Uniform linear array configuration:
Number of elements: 8
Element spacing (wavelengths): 0.25
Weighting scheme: cosine
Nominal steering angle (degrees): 15
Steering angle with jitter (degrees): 15.495
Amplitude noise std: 0.05
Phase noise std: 0.05

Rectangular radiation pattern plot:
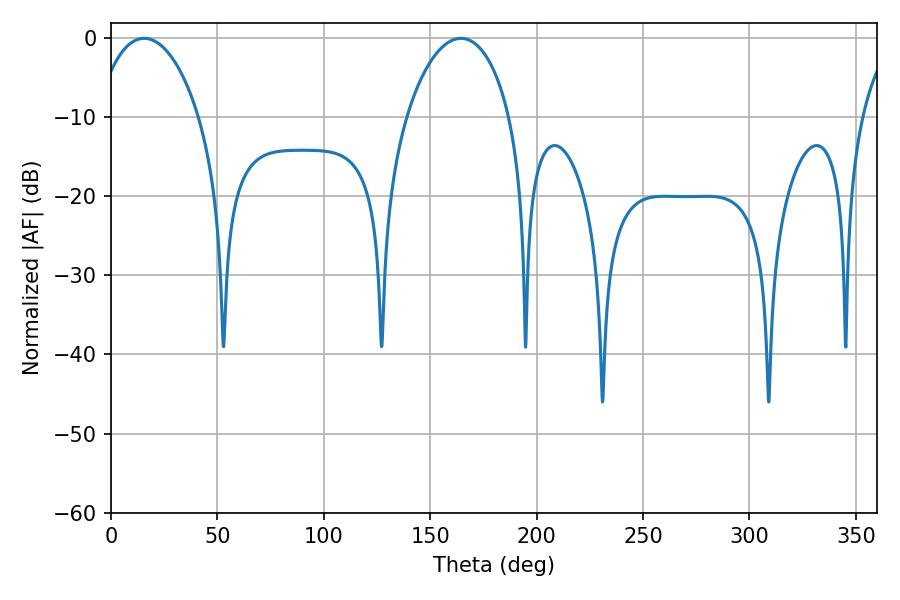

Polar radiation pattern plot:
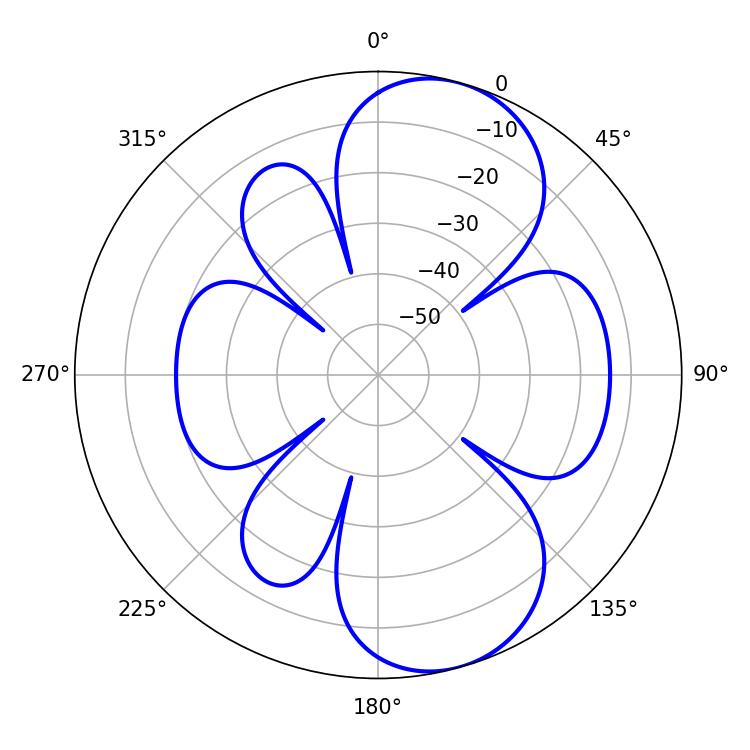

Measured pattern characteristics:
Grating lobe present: FALSE
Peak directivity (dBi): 8.374
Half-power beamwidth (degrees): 27.72
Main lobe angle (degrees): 15.66